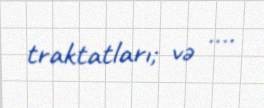
traktatları; və ….